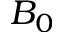
B _ { 0 }